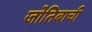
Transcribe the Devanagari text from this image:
जोतिबाची